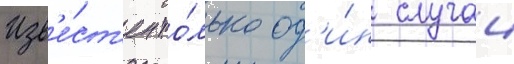
Изв'е́ст'ен то́лько од'и́н случаи